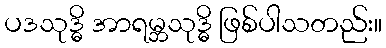
ပဒသုဒ္ဓိ အာရမ္ဘသုဒ္ဓိ ဖြစ်ပါသတည်း။